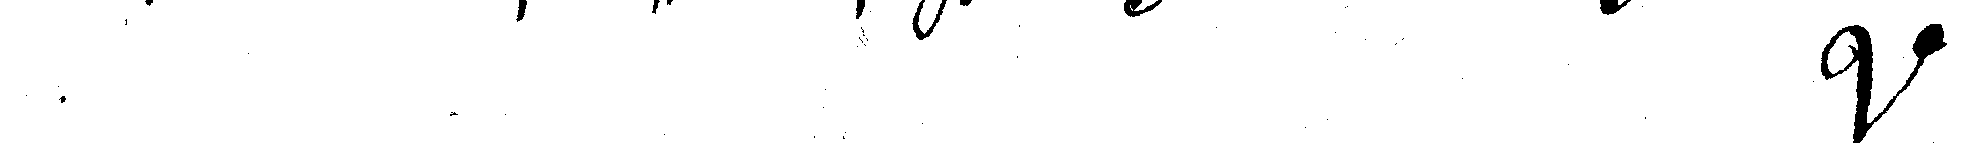
#